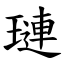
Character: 璉